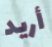
أريد